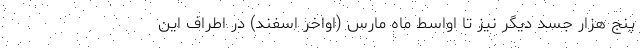
پنج هزار جسد دیگر نیز تا اواسط ماه مارس (اواخر اسفند) در اطراف این